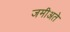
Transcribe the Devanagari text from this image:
जमीअते